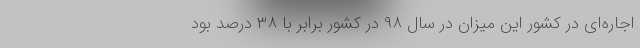
اجاره‌ای در کشور این میزان در سال ۹۸ در کشور برابر با ۳۸ درصد بود